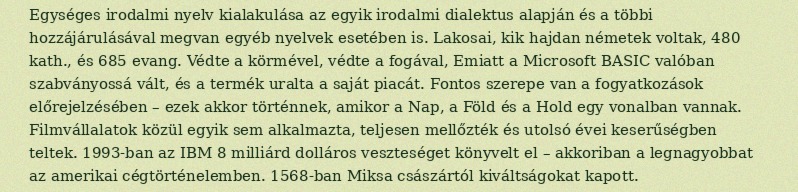
Egységes irodalmi nyelv kialakulása az egyik irodalmi dialektus alapján és a többi hozzájárulásával megvan egyéb nyelvek esetében is. Lakosai, kik hajdan németek voltak, 480 kath., és 685 evang. Védte a körmével, védte a fogával, Emiatt a Microsoft BASIC valóban szabványossá vált, és a termék uralta a saját piacát. Fontos szerepe van a fogyatkozások előrejelzésében – ezek akkor történnek, amikor a Nap, a Föld és a Hold egy vonalban vannak. Filmvállalatok közül egyik sem alkalmazta, teljesen mellőzték és utolsó évei keserűségben teltek. 1993-ban az IBM 8 milliárd dolláros veszteséget könyvelt el – akkoriban a legnagyobbat az amerikai cégtörténelemben. 1568-ban Miksa császártól kiváltságokat kapott.